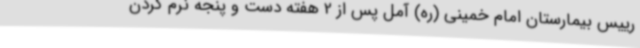
رییس بیمارستان امام خمینی (ره) آمل پس از 2 هفته دست و پنجه نرم کردن